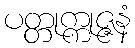
ပတ္တုက္ကုဇ္ဇနံ